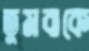
তুমবাকে